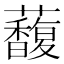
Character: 𧄦